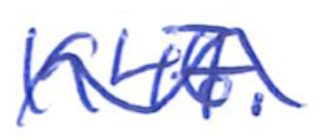
Text: 1947.
Cross-out: mix
Writing tool: ballpoint